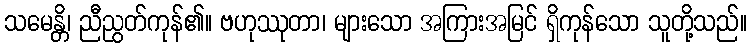
သမေန္တိ၊ ညီညွတ်ကုန်၏။ ဗဟုဿုတာ၊ များသော အကြားအမြင် ရှိကုန်သော သူတို့သည်။